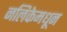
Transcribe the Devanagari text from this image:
नलिकेमधून